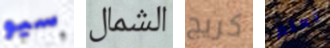
سيو الشمال كريج تعلم